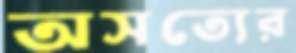
অসত্যের